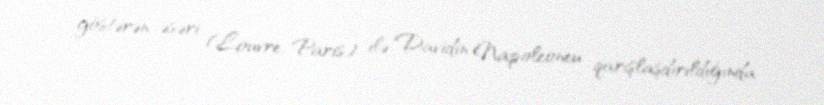
göstərən əsəri (Louvre, Paris) ilə Davidin Napoleoneu qarışlaşdırıldığında